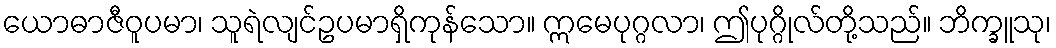
ယောဓာဇီဝူပမာ၊ သူရဲလျင်ဥပမာရှိကုန်သော။ ဣမေပုဂ္ဂလာ၊ ဤပုဂ္ဂိုလ်တို့သည်။ ဘိက္ခူသု၊